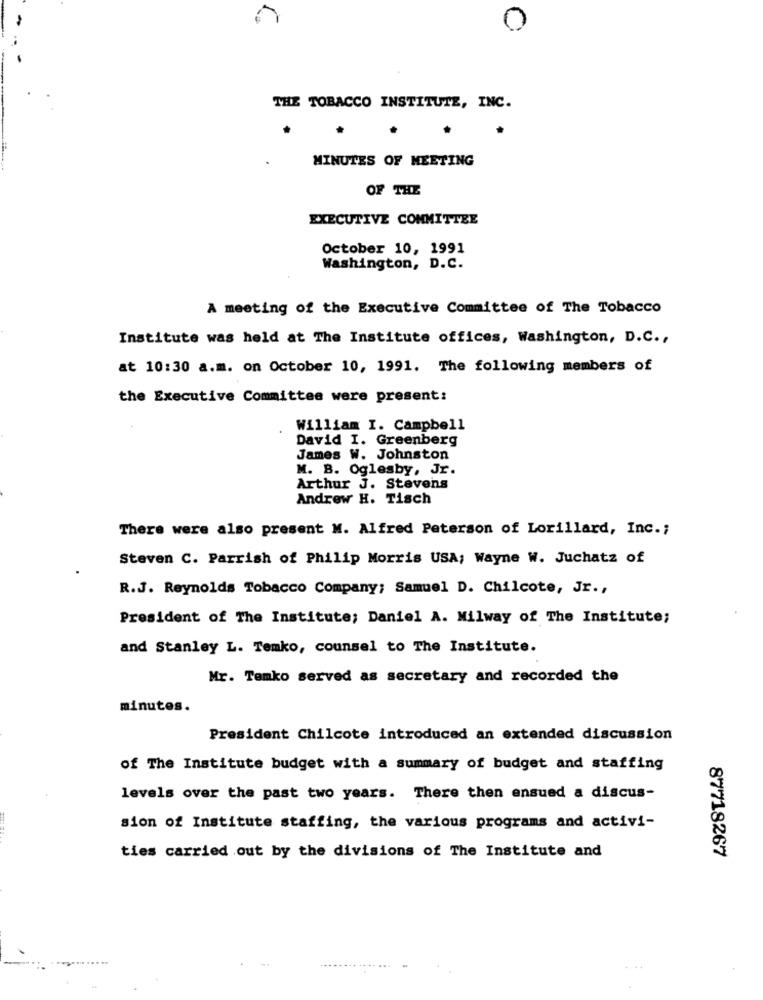
0
THE TOBACCO INSTITUTE, INC.
MINUTES OF MEETING
OF THE
EXECUTIVE COMMITTEE
October 10, 1991
Washington, D.C.
A meeting of the Executive Committee of The Tobacco
Institute was held at The Institute offices, Washington, D.C .,
at 10:30 a.m. on October 10, 1991. The following members of
the Executive Committee were present:
William I. Campbell
David I. Greenberg
James W. Johnston
M. B. Oglesby, Jr.
Arthur J. Stevens
Andrew H. Tisch
There were also present M. Alfred Peterson of Lorillard, Inc .;
Steven C. Parrish of Philip Morris USA; Wayne W. Juchatz of
R.J. Reynolds Tobacco Company; Samuel D. Chilcote, Jr .,
President of The Institute; Daniel A. Milway of The Institute;
and Stanley L. Temko, counsel to The Institute.
Mr. Temko served as secretary and recorded the
minutes.
President Chilcote introduced an extended discussion
of The Institute budget with a summary of budget and staffing
levels over the past two years. There then ensued a discus-
sion of Institute staffing, the various programs and activi-
ties carried out by the divisions of The Institute and
87718267